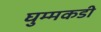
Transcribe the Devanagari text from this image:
घुम्मकडी